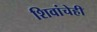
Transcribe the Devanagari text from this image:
शिवांचेही